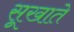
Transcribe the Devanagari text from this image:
सूखाते